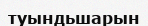
туындьшарын